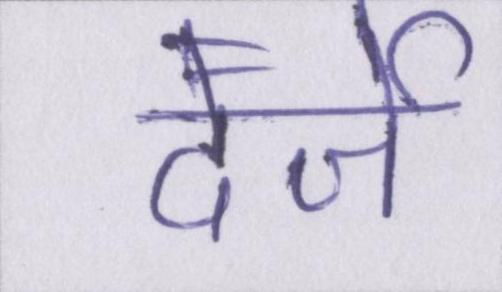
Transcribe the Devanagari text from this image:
दर्जे